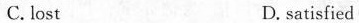
C. lost D, satisfied